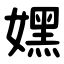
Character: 嫼